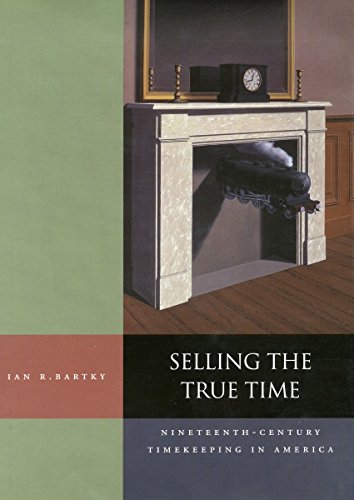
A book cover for Selling the True Time: Nineteenth-Century Timekeeping in America; Ian Bartky; Science & Math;